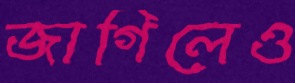
জাগিলেও